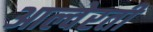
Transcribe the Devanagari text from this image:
आल्वेरती